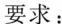
要求：